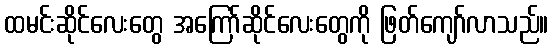
ထမင်းဆိုင်လေးတွေ အကြော်ဆိုင်လေးတွေကို ဖြတ်ကျော်လာသည်။